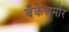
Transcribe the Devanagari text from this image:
बँकेसमोर